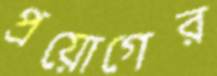
প্রয়োগের